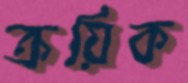
ক্রয়িক